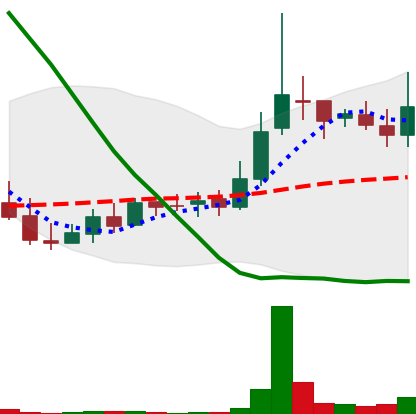
Ticker: LINK-USD
Chart end date: 2018-09-26
Forward return: -6.79%
Label: down_5_7